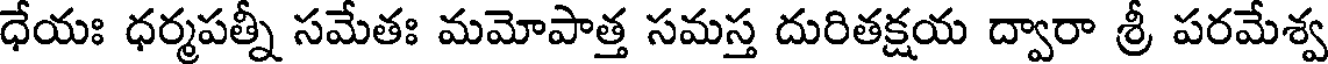
ధేయః ధర్మపత్నీ సమేతః మమోపాత్త సమస్త దురితక్షయ ద్వారా శ్రీ పరమేశ్వ